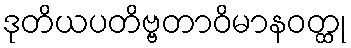
ဒုတိယပတိဗ္ဗတာဝိမာနဝတ္ထု